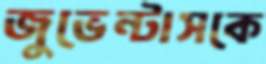
জুভেন্টাসকে